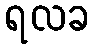
ရလခ